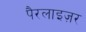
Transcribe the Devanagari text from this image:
पैरलाइज़र